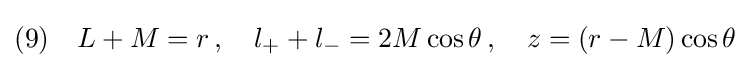
(9)\quad L+M=r\,,\quad l_{+}+l_{-}=2M\cos \theta \,,\quad z=(r-M)\cos \theta